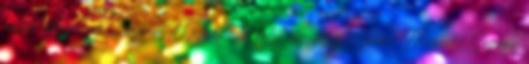
péntek délelőtti adatai szerint 1038 embert kellett elhelyezni Győr-Moson-Sopron